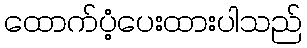
ထောက်ပံ့ပေးထားပါသည်